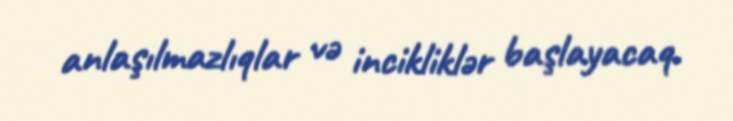
anlaşılmazlıqlar və incikliklər başlayacaq.